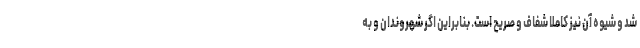
شد و شیوه آن نیز کاملا شفاف و صریح است. بنابراین اگر شهروندان و به